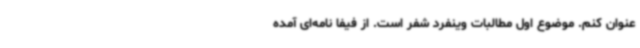
عنوان کنم. موضوع اول مطالبات وینفرد شفر است. از فیفا نامه‌ای آمده